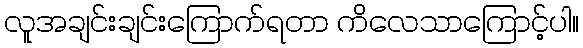
လူအချင်းချင်းကြောက်ရတာ ကိလေသာကြောင့်ပါ။